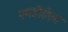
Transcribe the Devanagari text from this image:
एमडीईएस